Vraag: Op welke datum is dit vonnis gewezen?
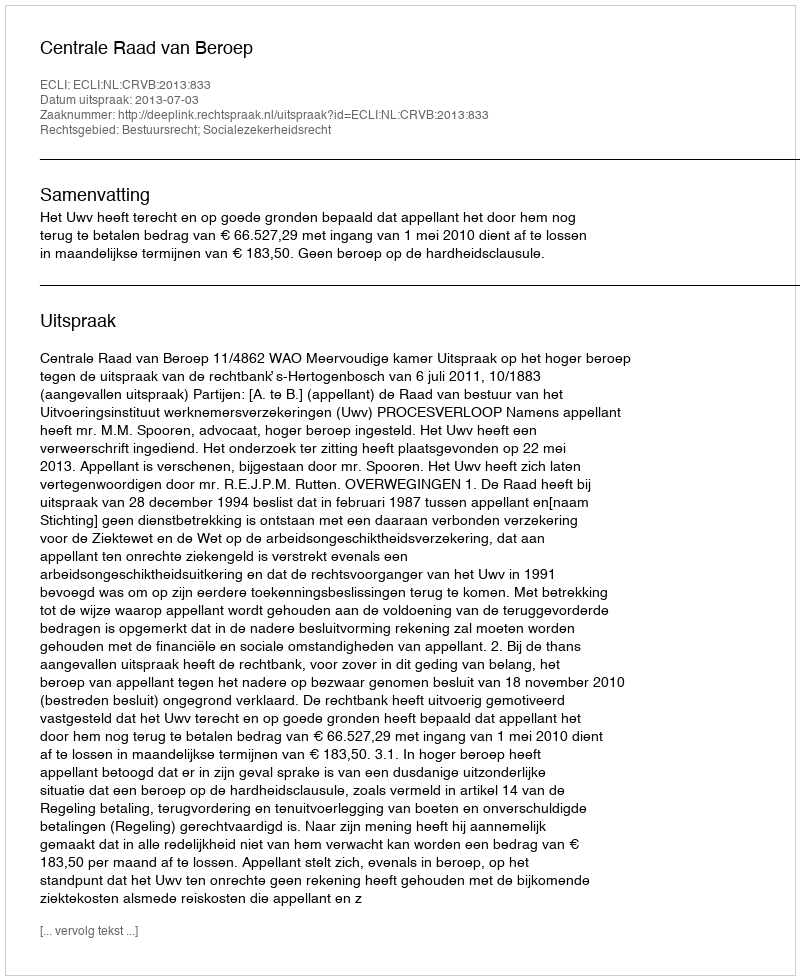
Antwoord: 2013-07-03